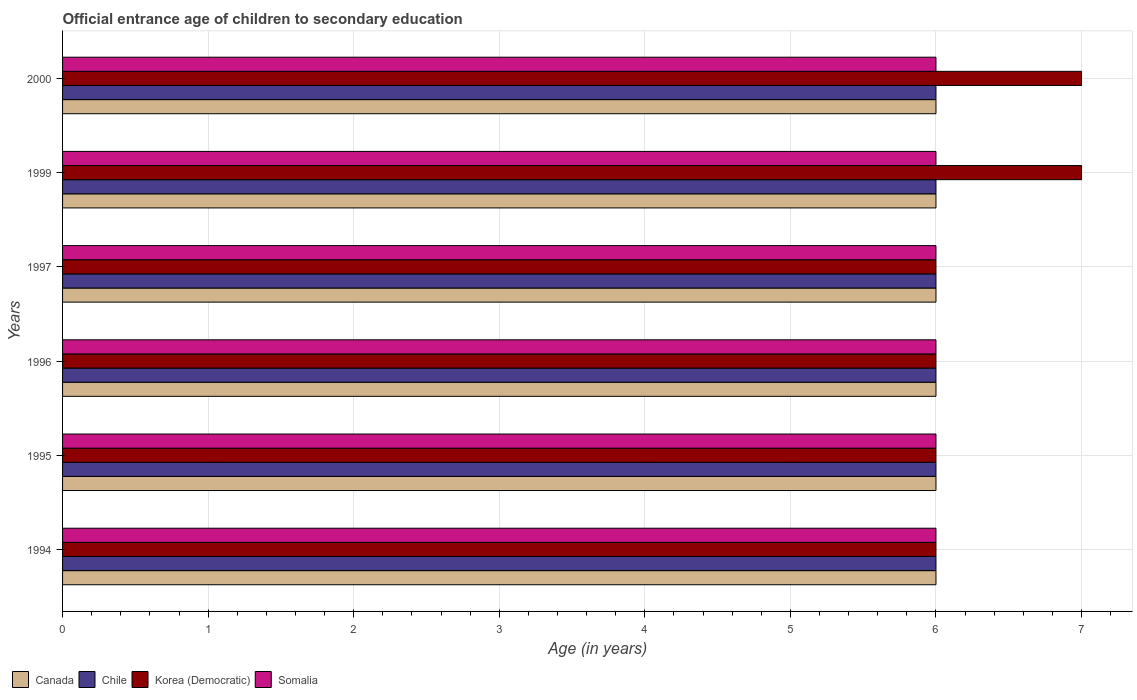
| Years | Canada | Chile | Korea (Democratic) | Somalia |
 | --- | --- | --- | --- | --- |
 | 1994 | 6 | 6 | 6 | 6 |
 | 1995 | 6 | 6 | 6 | 6 |
 | 1996 | 6 | 6 | 6 | 6 |
 | 1997 | 6 | 6 | 6 | 6 |
 | 1999 | 6 | 6 | 7 | 6 |
 | 2000 | 6 | 6 | 7 | 6 |